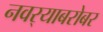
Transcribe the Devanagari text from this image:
नवर्‍याबरोबर